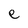
Character: e